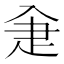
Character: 𤴘